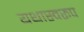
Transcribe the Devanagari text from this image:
यथास्वरूप